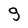
Character: 9